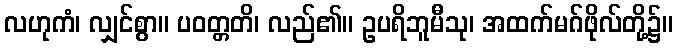
လဟုကံ၊ လျှင်စွာ။ ပဝတ္တတိ၊ လည်၏။ ဥပရိဘူမီသု၊ အထက်မဂ်ဖိုလ်တို့၌။